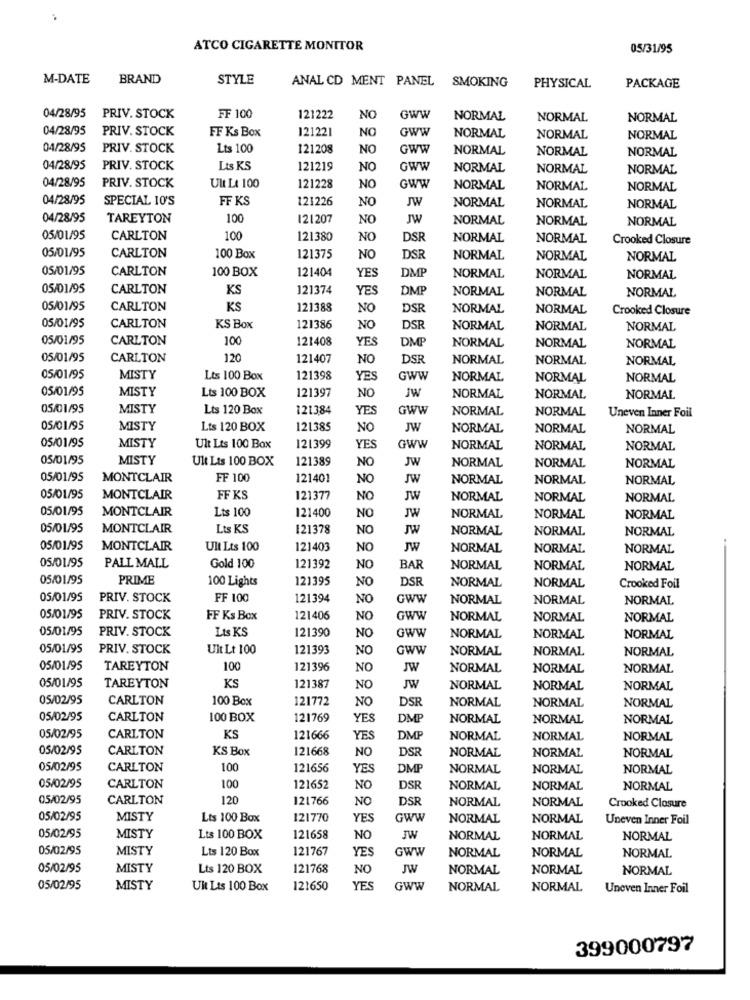
ATCO CIGARETTE MONITOR
05/31/95
M-DATE
BRAND
STYLE
ANAL CD MENT PANEL SMOKING
PHYSICAL
PACKAGE
04/28/95
PRIV. STOCK
FF 100
121222
NO
GWW
NORMAL
NORMAL
NORMAL
04/28/95
PRIV. STOCK
121221
NO
GWW
FF Ks Box
NORMAL
NORMAL
NORMAL
04/28/95
PRIV. STOCK
Lts 100
121208
NO
GWW
NORMAL
NORMAL
NORMAL
04/28/95
PRIV. STOCK
Lts KS
121219
NO
GWW
NORMAL
NORMAL
NORMAL
04/28/95
PRIV. STOCK
Ult LA 100
121228
NO
GWW
NORMAL
NORMAL
NORMAL
04/28/95
SPECIAL 10'S
FF KS
121226
JW
NO
NORMAL
NORMAL
NORMAL
04/28/95
TAREYTON
100
121207
NO
JW
NORMAL
NORMAL
NORMAL
05/01/95
CARLTON
100
121380
NO
DSR
NORMAL
NORMAL
Crooked Closure
05/01/95
CARLTON
100 Box
121375
NO
DSR
NORMAL
NORMAL
NORMAL
05/01/95
CARLTON
100 BOX
121404
DMP
YES
NORMAL
NORMAL
NORMAL
05/01/95
CARLTON
KS
121374
YES
DMP
NORMAL
NORMAL
NORMAL
05/01/95
CARLTON
KS
121388
NO
DSR
NORMAL
NORMAL
Crooked Closure
05/01/95
CARLTON
KS Box
121386
NO
DSF
NORMAL
NORMAL
NORMAL
05/01/95
CARLTON
100
121408
YES
DMP
NORMAL
NORMAL
NORMAL
05/01/95
CARLTON
120
121407
NO
DSR
NORMAL
NORMAL
NORMAL
05/01/95
MISTY
Lts 100 Box
121398
YES
GWW
NORMAL
NORMAL
NORMAL
05/01/95
MISTY
Lts 100 BOX
121397
NO
JW
NORMAL
NORMAL
NORMAL
05/01/95
MISTY
Lts 120 Box
121384
YES
GWW
NORMAL
NORMAL
Uneven Inner Foil
05/01/95
MISTY
Lts 120 BOX
121385
NO
JW
NORMAL
NORMAL
NORMAL
05/01/95
MISTY
Ult Lts 100 Box
121399
YES
GWW
NORMAL
NORMAL
NORMAL
05/01/95
MISTY
Ult Lts 100 BOX
121389
NO
JW
NORMAL
NORMAL
NORMAL
05/01/95
MONTCLAIR
FF 100
121401
NO
JW
NORMAL
NORMAL
NORMAL
05/01/95
MONTCLAIR
FF KS
121377
NO
JW
NORMAL
NORMAL
NORMAL
05/01/95
MONTCLAIR
121400
NO
JW
Lts 100
NORMAL
NORMAL
NORMAL
05/01/95
MONTCLAIR
Lts KS
121378
NO
JW
NORMAL
NORMAL
NORMAL
05/01/95
MONTCLAIR
Ult Lts 100
121403
NO
JW
NORMAL
NORMAL
NORMAL
05/01/95
PALL MALL
Gold 100
121392
NO
BAR
NORMAL
NORMAL
NORMAL
05/01/95
PRIME
100 Lights
121395
DSR
NO
NORMAL
NORMAL
Crooked Foil
05/01/95
PRIV. STOCK
FF 100
121394
NO
GWW
NORMAL
NORMAL
NORMAL
05/01/95
PRIV. STOCK
FF Ks Box
121406
NO
GWW
NORMAL
NORMAL
NORMAL
05/01/95
PRIV. STOCK
121390
Lts KS
NO
GWW
NORMAL
NORMAL
NORMAL
05/01/95
PRIV. STOCK
Uit Lt 100
121393
NO
GWW
NORMAL
NORMAL
NORMAL
05/01/95
TAREYTON
100
121396
NO
JW
NORMAL
NORMAL
NORMAL
KS
05/01/95
TAREYTON
121387
NO
JW
NORMAL
NORMAL
NORMAL
05/02/95
CARLTON
100 Box
121772
NO
DSR
NORMAL
NORMAL
NORMAL
05/02/95
CARLTON
100 BOX
121769
YES
DMP
NORMAL
NORMAL
NORMAL
05/02/95
CARLTON
KS
121666
YES
DMF
NORMAL
NORMAL
NORMAL
05/02/95
CARLTON
KS Box
121668
NO
DSR
NORMAL
NORMAL
NORMAL
05/02/95
CARLTON
100
121656
YES
DMP
NORMAL
NORMAL
NORMAL
05/02/95
CARLTON
100
121652
NO
DSR
NORMAL
NORMAL
NORMAL
05/02/95
CARLTON
120
121766
NO
DS
NORMAL
NORMAL
Crooked Closure
05/02/95
MISTY
Lts 100 Box
121770
YES
GWW
NORMAL
NORMAL
Uneven Inner Foil
05/02/95
MISTY
Lts 100 BOX
121658
NO
JW
NORMAL
NORMAL
NORMAL
05/02/95
MISTY
121767
YES
GWW
NORMAL
NORMAL
Lts 120 Box
NORMAL
05/02/95
MISTY
Lts 120 BOX
121768
NO
JW
NORMAL
NORMAL
NORMAL
05/02/95
MISTY
Uit Lis 100 Box
121650
YES
GWW
NORMAL
NORMAL
Uneven Inner Foil
399000797